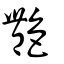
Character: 豔